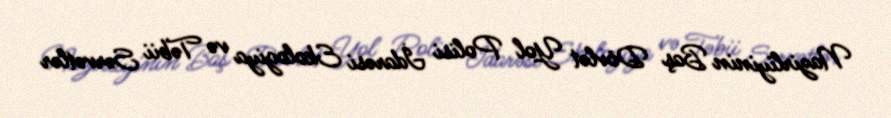
Nazirliyinin Baş Dövlət Yol Polisi İdarəsi Ekologiya və Təbii Sərvətlər